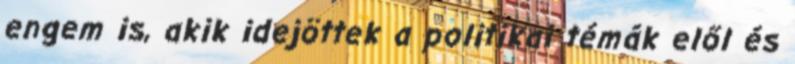
engem is, akik idejöttek a politikai témák elől és